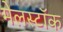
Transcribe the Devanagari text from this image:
मेलस्टॉक